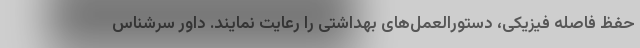
حفظ فاصله فیزیکی، دستورالعمل‌های بهداشتی را رعایت نمایند. داور سرشناس